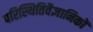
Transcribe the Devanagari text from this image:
परिस्थितिवैज्ञानिकों